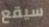
سيقع